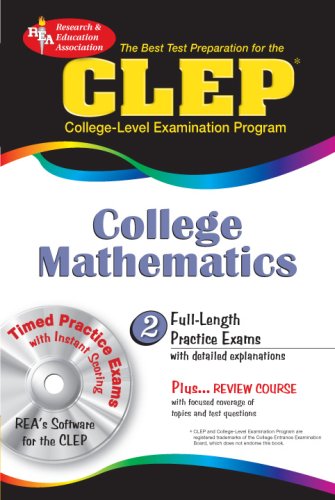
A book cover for CLEP College Mathematics w/CD-ROM (CLEP Test Preparation); Mel Friedman M.S.; Test Preparation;